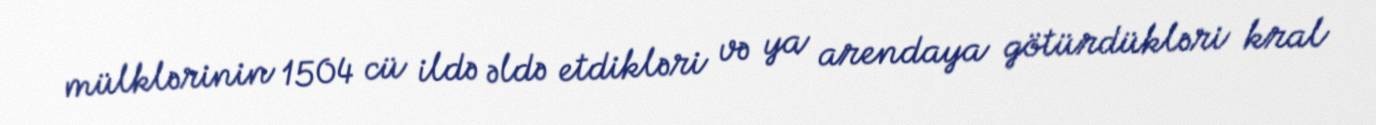
mülklərinin 1504 cü ildə əldə etdikləri və ya arendaya götürdükləri kral